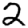
Digit: 2